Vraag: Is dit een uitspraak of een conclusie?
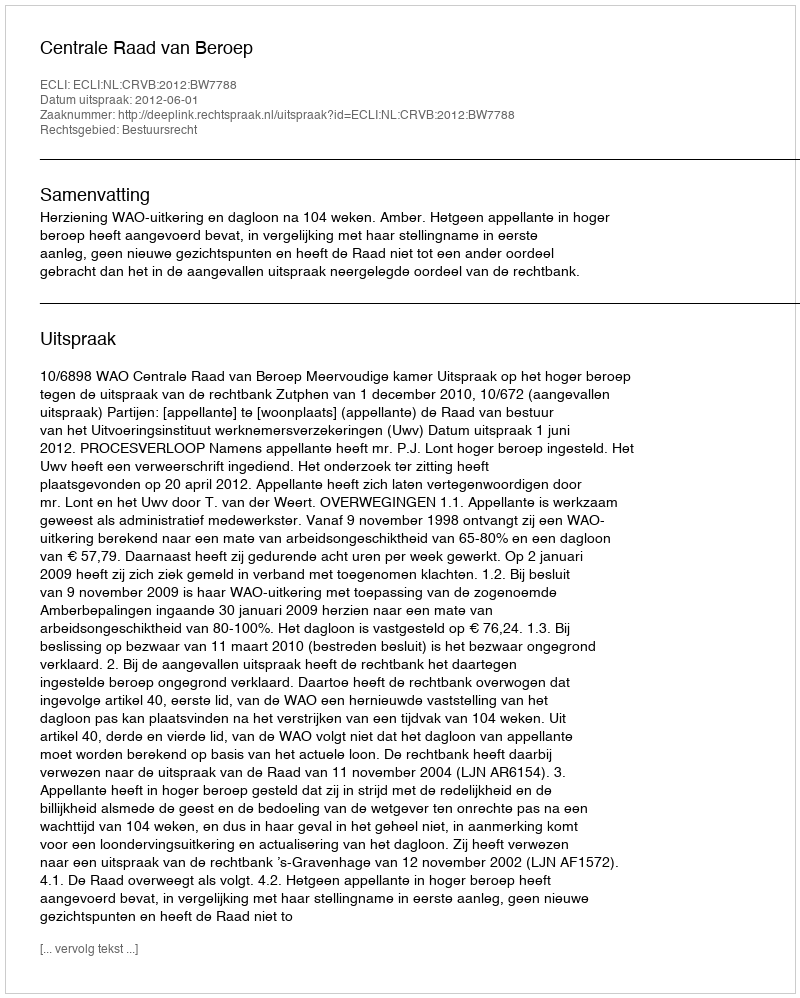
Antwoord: Uitspraak